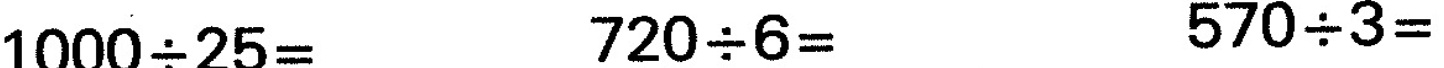
$$1 0 0 0 {\div} 2 5 =$$ $$7 2 0 {\div} 6 =$$ $$5 7 0 {\div} 3 =$$